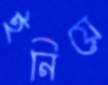
ইনিয়ে